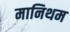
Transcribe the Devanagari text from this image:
मानिथम